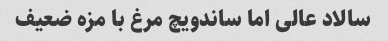
سالاد عالی اما ساندویچ مرغ با مزه ضعیف